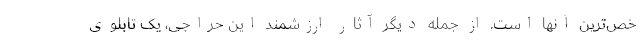
خص‌ترین آنها است. از جمله دیگر آثار ارزشمند این حراجی،‌ یک تابلوی